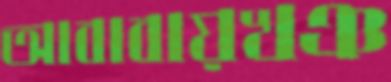
আবাবায়খঞ